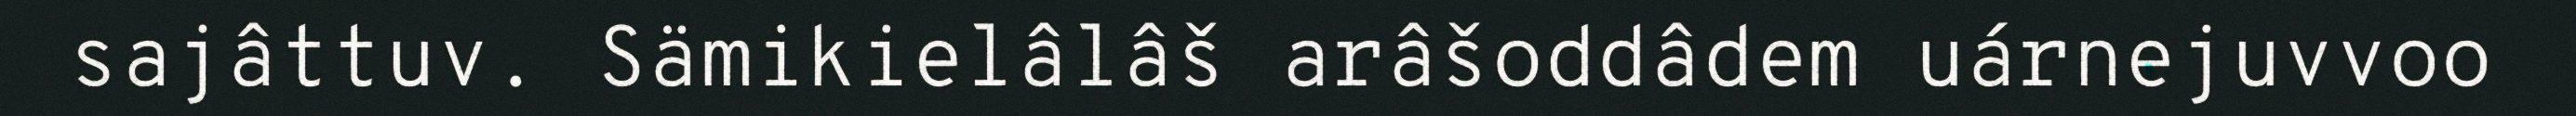
sajâttuv. Sämikielâlâš arâšoddâdem uárnejuvvoo